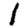
Digit: 1